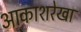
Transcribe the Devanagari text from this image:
आकाशरेखा